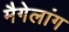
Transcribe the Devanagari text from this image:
मैगेलांग